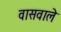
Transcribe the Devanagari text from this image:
वासवाले